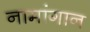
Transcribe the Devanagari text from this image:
नामांगान